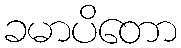
ခမာပိတော